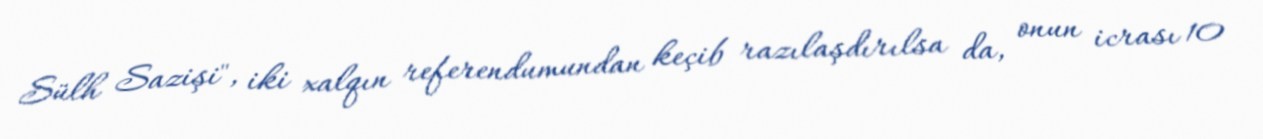
Sülh Sazişi", iki xalqın referendumundan keçib razılaşdırılsa da, onun icrası 10